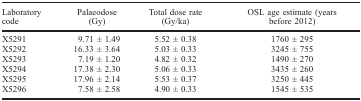
<table><thead><tr><td><b>Laboratory code</b></td><td><b>Palaeodose (Gy)</b></td><td><b>Total dose rate (Gy/ka)</b></td><td><b>OSL age estimate (years before 2012)</b></td></tr></thead><tbody><tr><td>X5291</td><td>9.71 ± 1.49</td><td>5.52 ± 0.38</td><td>1760 ± 295</td></tr><tr><td>X5292</td><td>16.33 ± 3.64</td><td>5.03 ± 0.33</td><td>3245 ± 755</td></tr><tr><td>X5293</td><td>7.19 ± 1.20</td><td>4.82 ± 0.32</td><td>1490 ± 270</td></tr><tr><td>X5294</td><td>17.38 ± 2.30</td><td>5.06 ± 0.33</td><td>3435 ± 260</td></tr><tr><td>X5295</td><td>17.96 ± 2.14</td><td>5.53 ± 0.37</td><td>3250 ± 445</td></tr><tr><td>X5296</td><td>7.58 ± 2.58</td><td>4.90 ± 0.33</td><td>1545 ± 535</td></tr></tbody></table>